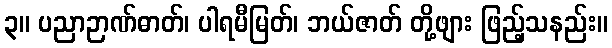
၃။ ပညာဉာဏ်ဓာတ်၊ ပါရမီမြတ်၊ ဘယ်ဇာတ် တို့ဖျား ဖြည့်သနည်း။